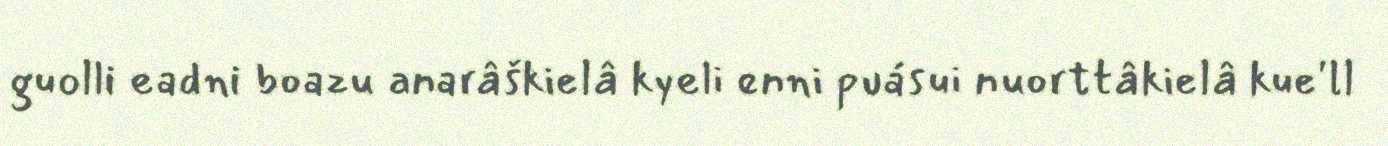
guolli eadni boazu anarâškielâ kyeli enni puásui nuorttâkielâ kue'll